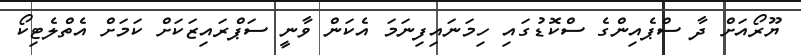
ޔޫރޯއަށް ދާ ސްޕެއިންގެ ސްކޮޑުގައި ހިމަނައިފިނަމަ އެކަން ވާނީ ސަޕްރައިޒަކަށް ކަމަށް އެތްލެޓިކޯ